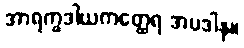
အာရက္ခဒါယကတ္ထေရ အပဒါန။